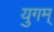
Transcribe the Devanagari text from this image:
युगम्